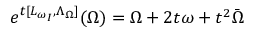
e ^ { t [ L _ { \omega _ { I } } , \Lambda _ { \Omega } ] } ( \Omega ) = \Omega + 2 t \omega + t ^ { 2 } \bar { \Omega }